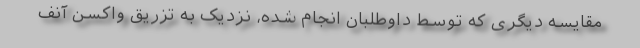
مقایسه دیگری که توسط داوطلبان انجام شده، نزدیک به تزریق واکسن آنف